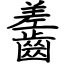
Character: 齹